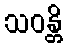
သဝန္တိ